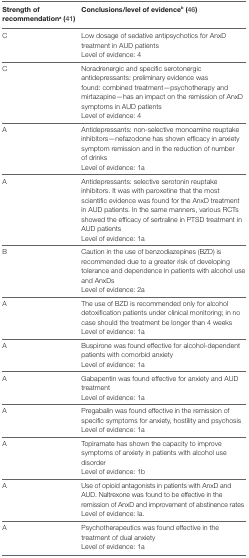
<table><thead><tr><td><b>Strength of recommendation<sup>a</sup> (41)</b></td><td><b>Conclusions/level of evidence<sup>b</sup> (46)</b></td></tr></thead><tbody><tr><td rowspan="2">C</td><td>Low dosage of sedative antipsychotics for AnxD treatment in AUD patients</td></tr><tr><td>Level of evidence: 4</td></tr><tr><td rowspan="2">C</td><td>Noradrenergic and specific serotonergic antidepressants: preliminary evidence was found: combined treatment—psychotherapy and mirtazapine—has an impact on the remission of AnxD symptoms in AUD patients</td></tr><tr><td>Level of evidence: 4</td></tr><tr><td rowspan="2">A</td><td>Antidepressants: non-selective monoamine reuptake inhibitors—nefazodone has shown efficacy in anxiety symptom remission and in the reduction of number of drinks</td></tr><tr><td>Level of evidence: 1a</td></tr><tr><td rowspan="2">A</td><td>Antidepressants: selective serotonin reuptake inhibitors. It was with paroxetine that the most scientific evidence was found for the AnxD treatment in AUD patients. In the same manners, various RCTs showed the efficacy of sertraline in PTSD treatment in AUD patients</td></tr><tr><td>Level of evidence: 1a</td></tr><tr><td rowspan="2">B</td><td>Caution in the use of benzodiazepines (BZD) is recommended due to a greater risk of developing tolerance and dependence in patients with alcohol use and AnxDs</td></tr><tr><td>Level of evidence: 2a</td></tr><tr><td rowspan="2">A</td><td>The use of BZD is recommended only for alcohol detoxification patients under clinical monitoring; in no case should the treatment be longer than 4 weeks</td></tr><tr><td>Level of evidence: 1a</td></tr><tr><td rowspan="2">A</td><td>Buspirone was found effective for alcohol-dependent patients with comorbid anxiety</td></tr><tr><td>Level of evidence: 1a</td></tr><tr><td rowspan="2">A</td><td>Gabapentin was found effective for anxiety and AUD treatment</td></tr><tr><td>Level of evidence: 1a</td></tr><tr><td rowspan="2">A</td><td>Pregabalin was found effective in the remission of specific symptoms for anxiety, hostility and psychosis</td></tr><tr><td>Level of evidence: 1a</td></tr><tr><td rowspan="2">A</td><td>Topiramate has shown the capacity to improve symptoms of anxiety in patients with alcohol use disorder</td></tr><tr><td>Level of evidence: 1b</td></tr><tr><td rowspan="2">A</td><td>Use of opioid antagonists in patients with AnxD and AUD. Naltrexone was found to be effective in the remission of AnxD and improvement of abstinence rates</td></tr><tr><td>Level of evidence: Ia.</td></tr><tr><td rowspan="2">A</td><td>Psychotherapeutics was found effective in the treatment of dual anxiety</td></tr><tr><td>Level of evidence: 1a</td></tr></tbody></table>